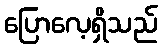
ပြောလေ့ရှိသည်